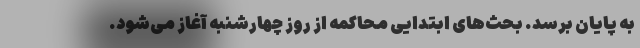
به پایان برسد. بحث‌های ابتدایی محاکمه از روز چهارشنبه آغاز می‌شود.